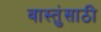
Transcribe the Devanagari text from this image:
वास्तुंसाठी